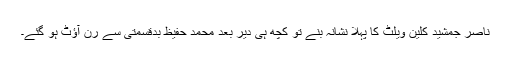
ناصر جمشید کلین ویلٹ کا پہلا نشانہ بنے تو کچھ ہی دیر بعد محمد حفیظ بدقسمتی سے رن آؤٹ ہو گئے۔